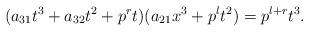
LaTeX: \begin{align*}(a_{31}t^3 + a_{32}t^2 + p^rt)(a_{21}x^3 + p^lt^2) = p^{l+r}t^3.\end{align*}